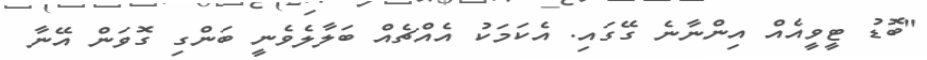
"ބޮޑު ޓީވީއެއް އިންނާނެ ގޭގައި. އެކަމަކު އެއްޗެއް ބަލާލެވެނީ ބަންގި ގޮވަން އޭނާ